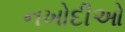
નખોદીઓ